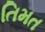
તિમત